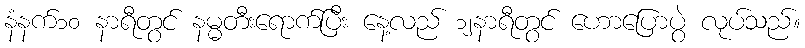
နံနက်၁၀ နာရီတွင် နမ္မတီးရောက်ပြီး နေ့လည် ၁၂နာရီတွင် ဟောပြောပွဲ လုပ်သည်။